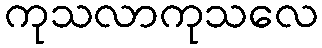
ကုသလာကုသလေ